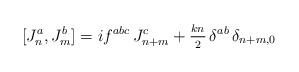
\begin{align*}[J^{a}_{n},J^{b}_{m}]=if^{abc}\,J^{c}_{n+m}+{_{kn}\over^2}\,\delta^{ab}\,\delta_{n+m,0}\end{align*}